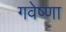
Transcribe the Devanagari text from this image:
गवेष्णा